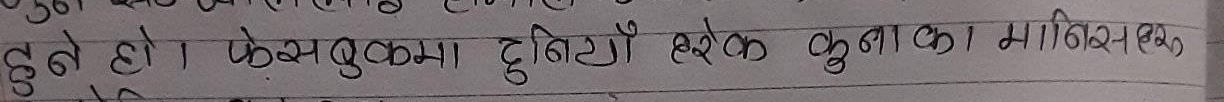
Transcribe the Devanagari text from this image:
हुँदै हो । फेसबुकमा दुईटों स्टक कुनाका माध्यमस्